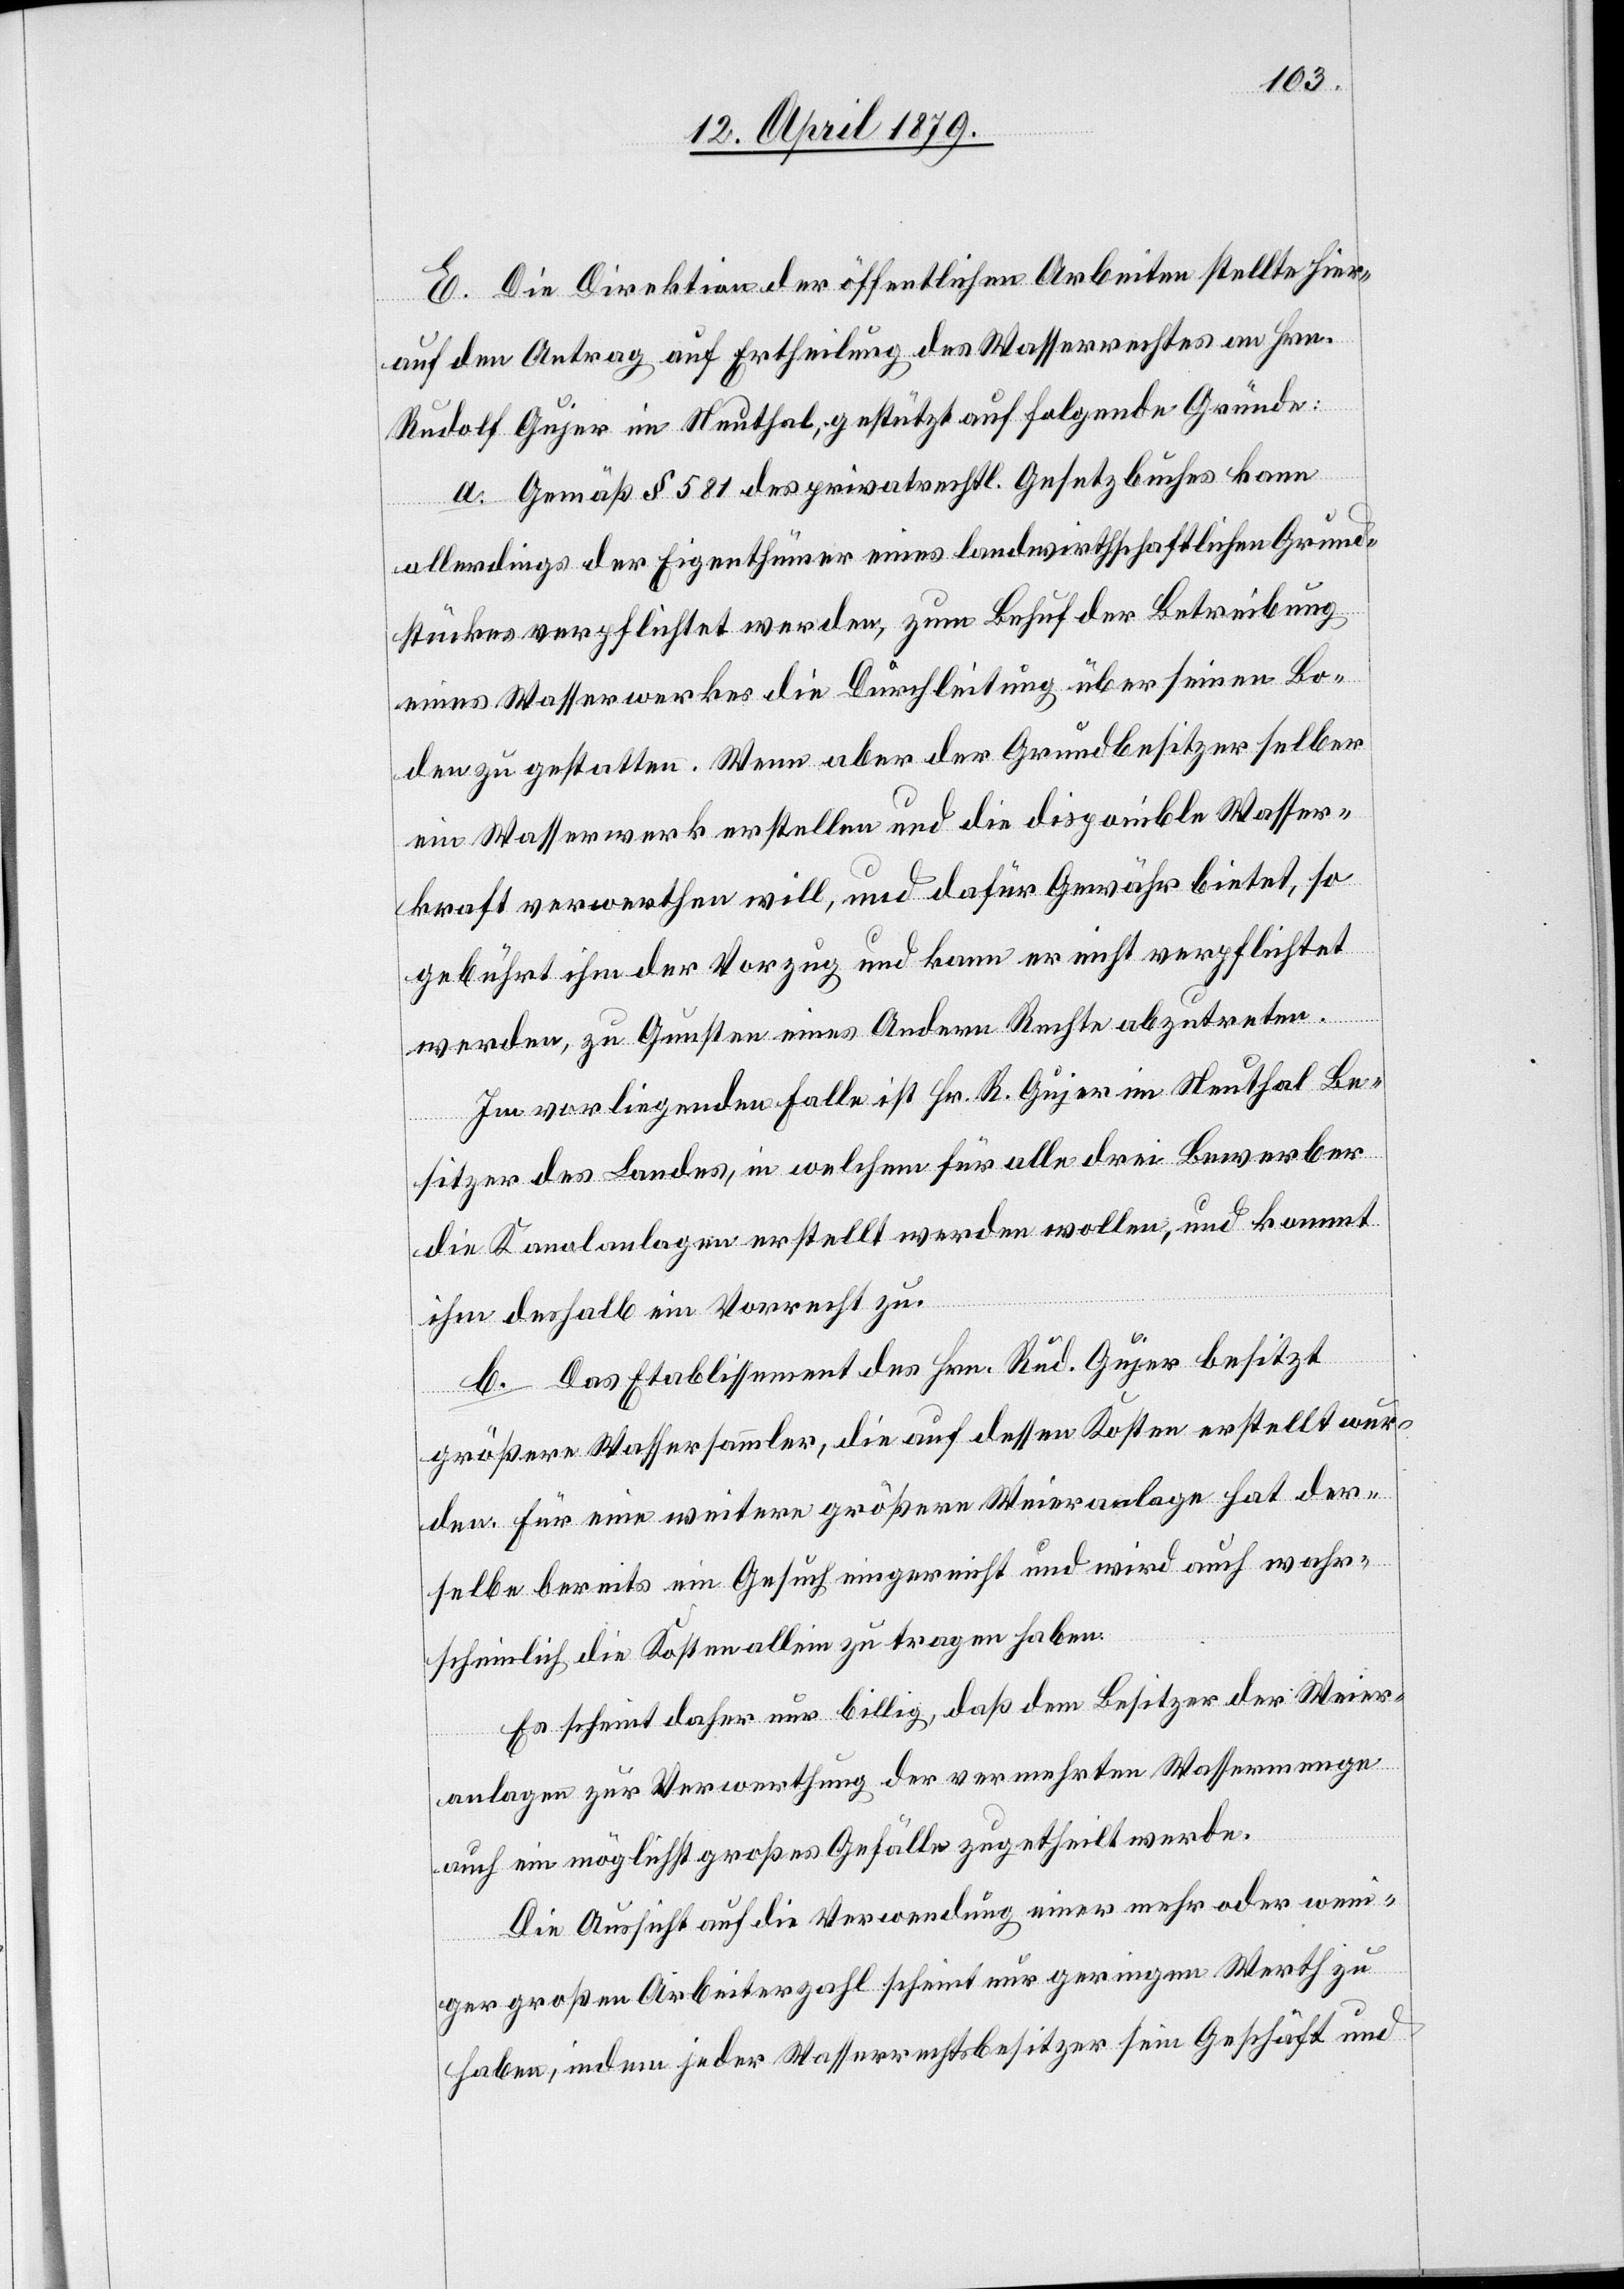
E. Die Direktion der öffentlichen Arbeiten stellte hier¬
auf den Antrag auf Ertheilung des Wasserrechtes an Hrn.
Rudolf Gujer im Neuthal, gestützt auf folgende Gründe:
a. Gemäß § 581 des privatrechtl. Gesetzbuches kann
allerdings der Eigenthümer eines landwirthschaftlichen Grund¬
stückes verpflichtet werden, zum Behuf der Betreibung
eines Wasserwerkes die Durchleitung über seinen Bo¬
den zu gestatten. Wenn aber der Grundbesitzer selber
ein Wasserwerk erstellen und die disponible Wasser¬
kraft verwerthen will, und dafür Gewähr bietet, so
gebührt ihm der Vorzug und kann er nicht verpflichtet
werden, zu Gunsten eines Andern Rechte abzutreten.
Im vorliegenden Falle ist Hr. R. Gujer im Neuthal Be¬
sitzer des Landes, in welchem für alle drei Bewerber
die Kanalanlagen erstellt werden wollen, und kommt
ihm deshalb ein Vorrecht zu.
b. Das Etablissement des Hrn. Rud. Gujer besitzt
größere Wassersammler, die auf dessen Kosten erstellt wur¬
den. Für eine weitere größere Weieranlage hat der¬
selbe bereits ein Gesuch eingereicht und wird auch wahr¬
scheinlich die Kosten allein zu tragen haben.
Es scheint daher nur billig, daß dem Besitzer der Weier¬
anlagen zur Verwerthung der vermehrten Wassermenge
auch ein möglichst großes Gefälle zugetheilt werde.
Die Aussicht auf die Verwendung einer mehr oder weni¬
ger großen Arbeiterzahl scheint nur geringen Werth zu
haben, indem jeder Wasserrechtsbesitzer sein Geschäft und